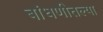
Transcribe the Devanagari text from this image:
बांधणीतल्या